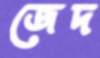
জেদ